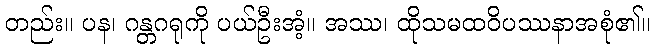
တည်း။ ပန၊ ဂန္တဂရုကို ပယ်ဦးအံ့။ အဿ၊ ထိုသမထဝိပဿနာအစုံ၏။